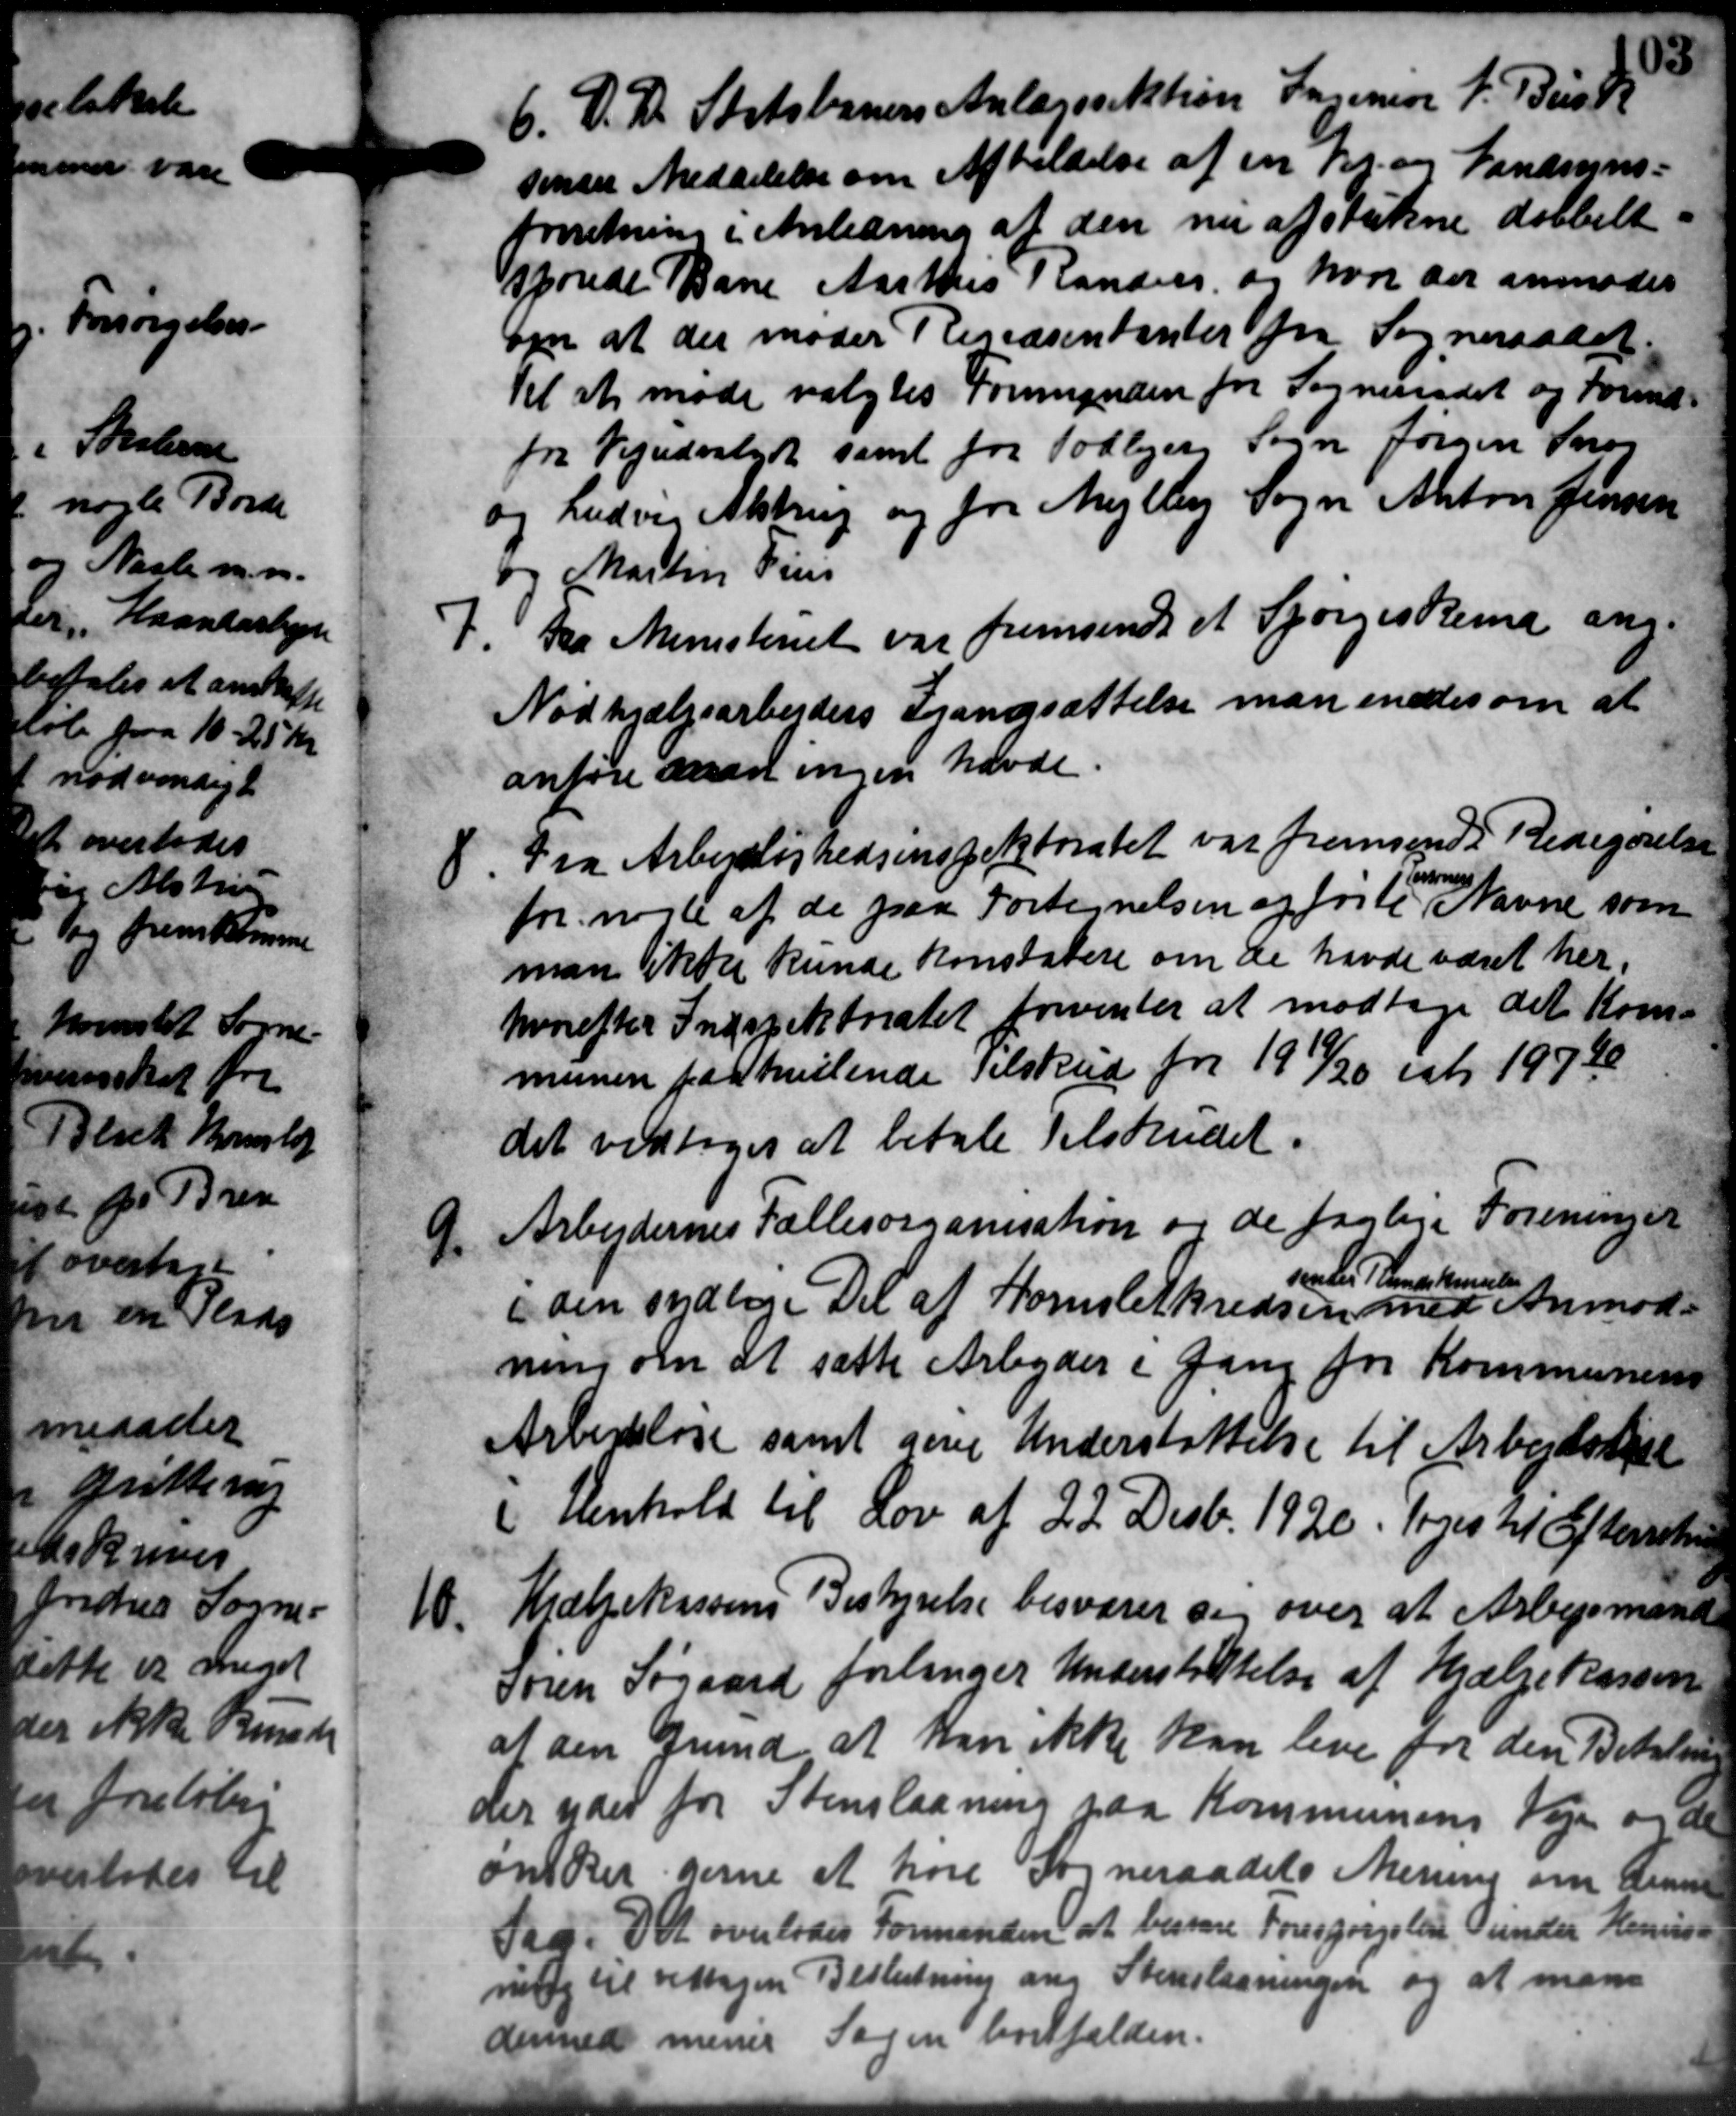
Transskription:
6. D. D. Statsbaners Anlægsrektion Lanner J. Buck
6. D. D. Statsbaners Anlægsrektion Lanner J. Buck
sender Meddelelse om Afholdelse af en pr. og Vandsyns-
forretning i Anledning af den nu af stukne dobbelt.
sporede Bane Aarhus Randers og hvor der anmoder
om at der moder Repræsentanter fra Sogneraadet
til at møde valgtes Formanden for Sogneraadet og Forind
fra Vejudvalget samt for Todbjerg Sogn Jørgen Søren
og Ludvis Alstrup og for Mejlby Sogn Anton Jensen
og Martin Pris
7. Fra Ministeriet var fremsendt et Spørgeskema ang.
7. Fra Ministeriet var fremsendt et Spørgeskema ang.
Nødhjælpsarbejders Trandsættelse man enedes om at
anføre den ingen havde
4. Fra Arbejdløshedsinspektoratet var fremsendt Redegørelse
4. Fra Arbejdløshedsinspektoratet var fremsendt Redegørelse
for nogle af de paa Fortegnelsen og førte Navne som

man ikke kunde konstatere om de havde været her.
hvorefter Inspektoratet forventer at modtage det Kom-
munen paahvilende Tilskud for 1919/20 eet 19720
det vedtoges at betale Tilskudet.
9. Arbejdernes Fællesorganisation og de faglige Foreninger
9. Arbejdernes Fællesorganisation og de faglige Foreninger
naden Ameriksen
den vedlige Del af Hornsletkredsen med Anmod-
ning om at sætte Arbejder i Gang for Kommunens
Arbejdsløse samt give Understøttelse til Arbejdsløse
i Henhold til Lov af 22 Decb. 1920. Toges til Efterretning
18. Hjælpekassens Bestyrelse besvarer sig over at Arbejdsmand
18. Hjælpekassens Bestyrelse besvarer sig over at Arbejdsmand
Søren Søgaard forlanger Understøttelse af Hjælpekassen
at den Grund at kan ikke kan leve for den Betalin
der yder for Stenslagning paa Kommunens Vejen og de
ømrer gerne at høre Sogneraadets Mening om Genne
Sag. Det overlodes Formanden at besvare Forespørgslen under Henvist
ning til vedtagen Beslutning ang Stenslagningen og at man
dermed menes Sagen bortfalden.